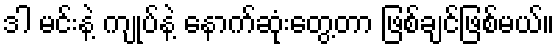
ဒါ မင်းနဲ့ ကျုပ်နဲ့ နောက်ဆုံးတွေ့တာ ဖြစ်ချင်ဖြစ်မယ်။